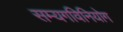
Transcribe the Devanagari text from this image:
सम्यगविनियोग